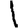
Digit: 1